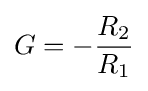
G=-{\frac {R_{2}}{R_{1}}}